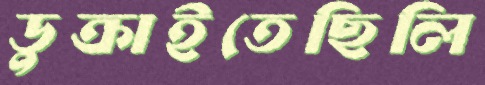
ডুক্‌রাইতেছিলি